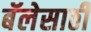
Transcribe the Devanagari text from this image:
बॅलेसाठी